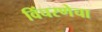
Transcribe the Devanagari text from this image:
विंचरणेचा